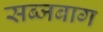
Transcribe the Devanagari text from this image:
सब्जबाग